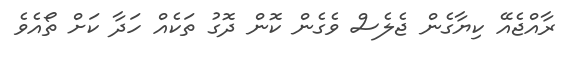
ރާއްޖެއޭ ކިޔާގެން ޖެލެސް ވެގެން ކޮން ދޮގު ތަކެއް ހަދާ ކަށް ތޯއެވެ